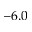
- 6 . 0